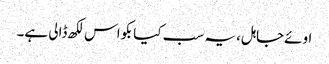
اوئےجاہل، یہ سب کیا بکواس لکھ ڈالی ہے۔